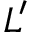
L ^ { \prime }